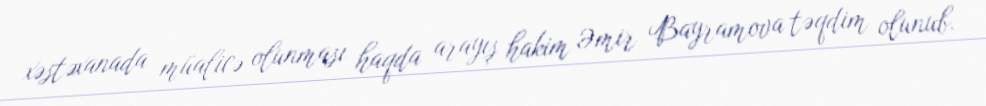
xəstəxanada müalicə olunması haqda arayış hakim Əmir Bayramova təqdim olunub.